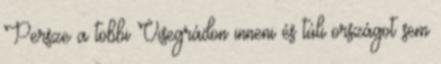
Persze a többi Visegrádon inneni és túli országot sem